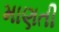
માણતી